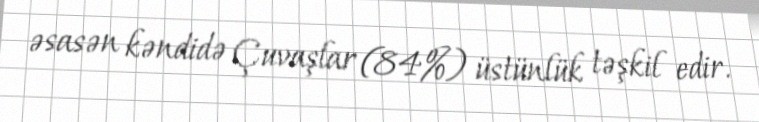
əsasən kəndidə Çuvaşlar (84%) üstünlük təşkil edir.